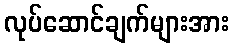
လုပ်ဆောင်ချက်များအား